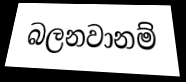
බලනවානම්